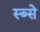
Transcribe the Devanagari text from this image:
स्ब्से